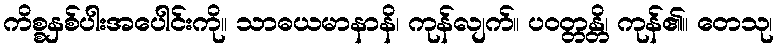
ကိစ္စနှစ်ပါးအပေါင်းကို။ သာဓယမာနာနိ၊ ကုန်လျက်။ ပဝတ္တန္တိ၊ ကုန်၏။ တေသု၊